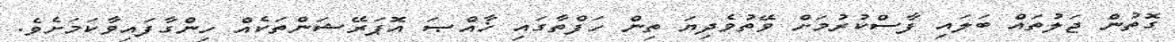
ގޮތުން ޖަލުތައް ބަލައި ފާސްކުރުމަށް ވޭތުވެދިޔަ ތިން ހަފްތާގައި ޚާއްޞަ އޮޕަރޭޝަންތަކެއް ހިންގާފައިވާކަމަށެވެ.